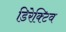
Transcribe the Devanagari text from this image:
डिरेक्टिव